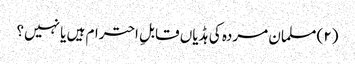
(۲) مسلمان مردہ کی ہڈیاں قابلِ احترام ہیں یا نہیں؟